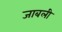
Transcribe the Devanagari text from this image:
जाबली